Leprosy in India: report of the Leprosy Commission in India, 1890-91
Year: 1890
Disease focus: Leprosy
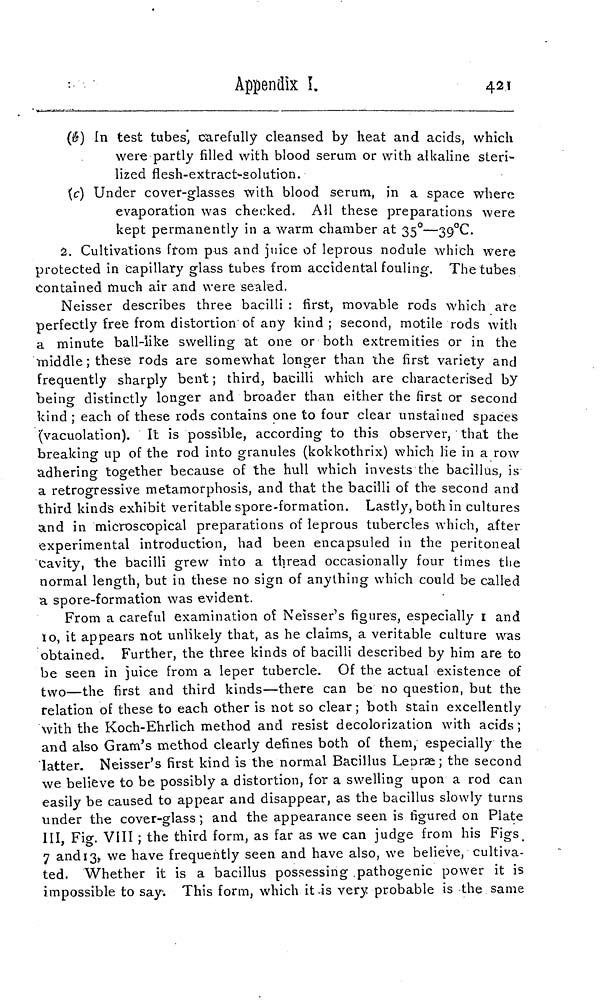
Appendix I.
421
(b) In test tubes, carefully cleansed by heat and acids, which
were partly filled with blood serum or with alkaline steri-
lized flesh-extract-solution.
(c) Under cover-glasses with blood serurn, in a space where
evaporation was checked. All these preparations were
kept permanently in a warm chamber at 35 o —39°C.
1. Cultivations from pus and juice of leprous nodule which were
protected in capillary glass tubes from accidental fouling. The tubes
Contained much air and were sealed.
Neisser describes three bacilli : first, movable rods which are
perfectly free from distortion of any kind ; second, motile rods with
a minute ball-like swelling at one or both extremities or in the
middle ; these rods are somewhat longer than the first variety and
frequently sharply bent ; third, bacilli which are characterised by
being distinctly longer and broader than either the first or second
kind ; each of these rods contains one to four clear unstained spaces
(vacuolation). It is possible, according to this observer, that the
breaking up of the rod into granules (kokkothrix) which lie in a row
adhering together because of the hull which invests the bacillus, is
a retrogressive metamorphosis, and that the bacilli of the second and
third kinds exhibit veritable spore-formation. Lastly, both in cultures
and in microscopical preparations of leprous tubercles which, after
experimental introduction, had been encapsuled in the peritoneal
cavity, the bacilli grew into a thread occasionally four times the
normal length, but in these no sign of anything which could be called
a spore-formation was evident.
From a careful examination of Neisser's figures, especially I and
Io, it appears not unlikely that, as he claims, a veritable culture was
obtained. Further, the three kinds of bacilli described by him are to
be seen in juice from a leper tubercle. Of the actual existence of
two—the first and third kinds—there can be no question, but the
relation of these to each other is not so clear ; both stain excellently
with the Koch-Ehrlich method and resist decolorization with acids ;
and also Gram's method clearly defines both of them, especially the
latter. Neisser's first kind is the normal Bacillus Lepræ; the second
we believe to be possibly a distortion, for a swelling upon a rod can
easily be caused to appear and disappear, as the bacillus slowly turns
under the cover-glass; and the appearance seen is figured on Plate
III, Fig. VIII ; the third form, as far as we can judge from his Figs.
7 and 13, we have frequently seen and have also, we believe, cultiva-
ted. Whether it is a bacillus possessing pathogenic power it is
impossible to say. This form, which it is very probable is the same